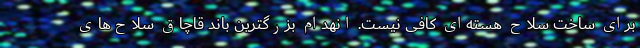
برای ساخت سلاح هسته‌ای کافی نیست. انهدام بزرگترین باند قاچاق سلاح‌های